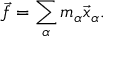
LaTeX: { \vec { f } } = \sum _ { \alpha } m _ { \alpha } { \vec { x } } _ { \alpha } .